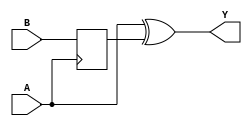
module timing_control_xor_delay (
    input A,
    input B,
    output reg Y
);

reg delayed_B;

always @(posedge A) begin
    delayed_B <= B;
end

always @(*) begin
    Y <= A ^ delayed_B;
end

endmodule